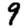
Digit: 9